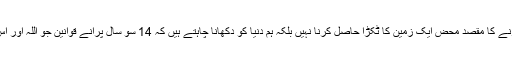
بانی پاکستان قائداعظم محمد علی جناح ؒ نے واشگاف الفاظ میں فرمایا تھا “پاکستان حاصل کرنے کا مقصد محض ایک زمین کا ٹکڑا حاصل کرنا نہیں بلکہ ہم دنیا کو دکھانا چاہتے ہیں کہ 14 سو سال پرانے قوانین جو اللہ اور اس کے رسولﷺنے بنائے ہیں وہ آج بھی کار آمد ہیں” وہ قوانین چاہے عائلی ہوں یا معاشرتی۔